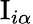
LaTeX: \mathrm{I}_{i\alpha}